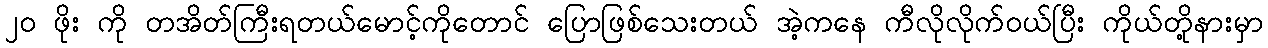
၂၀ ဖိုး ကို တအိတ်ကြီးရတယ်မောင့်ကိုတောင် ပြောဖြစ်သေးတယ် အဲ့ကနေ ကီလိုလိုက်ဝယ်ပြီး ကိုယ်တို့နားမှာ